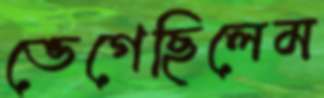
ভেগেছিলেম